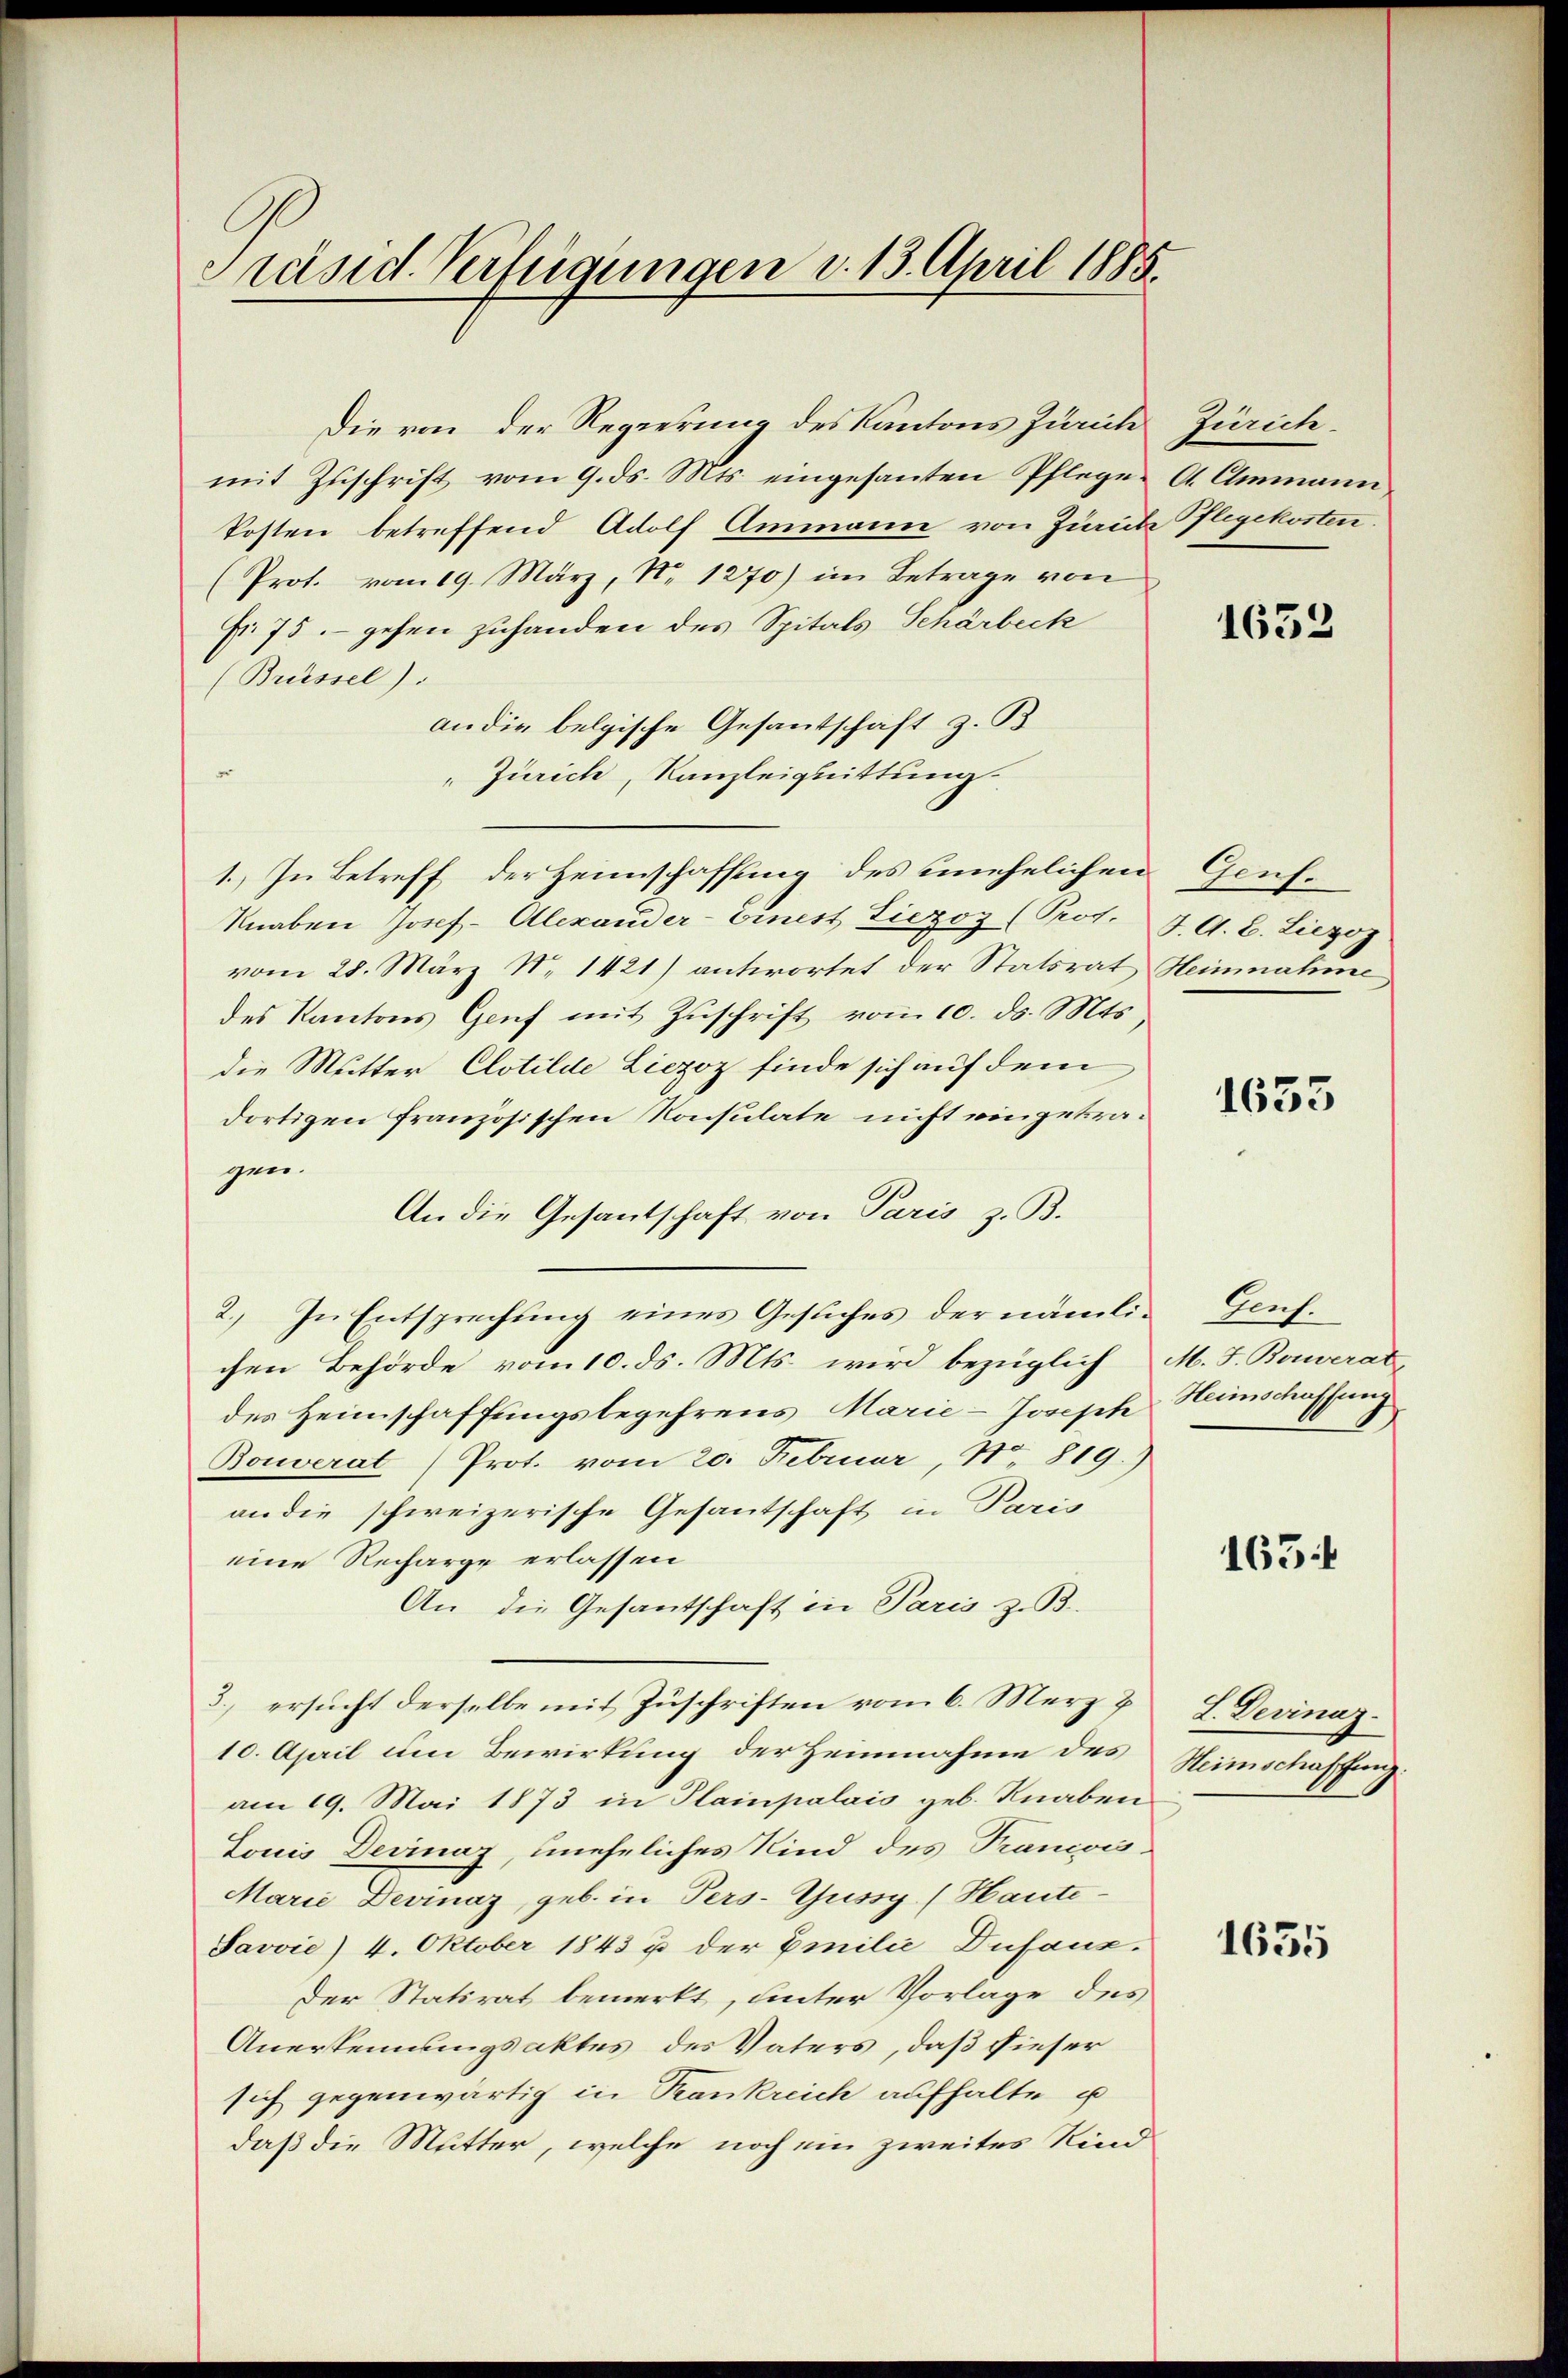
Präsid. Verfügungen d. 13. April 1885.

mit Zuschrift vom 9. ds. Mts. eingesanten Pflege A. Ammann
kosten betreffend Adolf Ammann von Zürich Pflegekosten.
(Prot. vom 19. März, No 1270) im Betrage von
Fr. 75. gehen zuhanden des Spitals Schärbeck
(Brüssel).
an die belgische Gesantschaft z. B.
"Zürich, Kanzleignittung.
1.) In Betreff der Heimschaffung des unehelichen Genf-
Knaben Josef- Alexander- einest Liezoz (Prot. J. A. E. Liezoz
vom 28. März N. 1421) antwortet der Statsrat Heinnahme
des Kantons Genf mit Zŭschrift vom 10. ds. Mts.
die Mutter Clotilde Liezoz finde sich auf dem
dortigen französischen Konsulate nicht eingetragen.
An die Gesantschaft von Paris z. B.
2.) In Entsprechung eines Gesuches der nämlichen Behörde vom 10. ds. Mts. wird bezüglich
des Heimschaffungsbegehrens Marie-Joseph
Bouverat Prot. vom 20. Februar, No 819.)
an die schweizerische Gesantschaft in Paris
eine Recharge erlassen
An die Gesantschaft in Paris z. B.
3.) ersucht derselbe mit Zuschriften vom 6. Merz v
10. April um Bewirkung der Heinnahme des
am 19. Mai 1873 in Plainpalais geb. Knaben
Louis Devinaz, uneheliches Kind des Trancois-
Marie Devinaz, geb. in Pers-Gussy (Haute-
Javvie) 4. Oktober 1843 u der Emilie Dufanz.
Der Statirat bemerkt, unter Vorlage des
Anerkennungsaktes des Vaters, daß dieser
sich gegenwärtig in Trankreich aufhalte u
daß die Mutter, welche noch ein zweites Kind

Die von der Regierung des Kantons Zürich Zürich.

1652

1633

Bach
M. F. Bouverat
Heimschaffung

163.

L. Devinaz
Heimschaffung.

1635